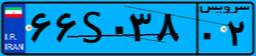
۷۶S۷۶۴۴۲